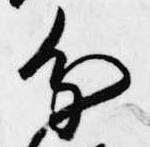
分